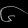
Digit: ၆